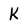
Character: k